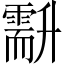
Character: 𠧍